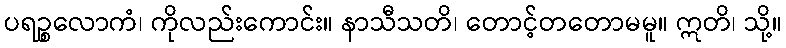
ပရဉ္စလောကံ၊ ကိုလည်းကောင်း။ နာသီသတိ၊ တောင့်တတောမမူ။ ဣတိ၊ သို့။